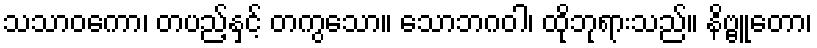
သသာဝကော၊ တပည့်နှင့် တကွသော။ သောဘဂဝါ၊ ထိုဘုရားသည်။ နိဗ္ဗူတော၊